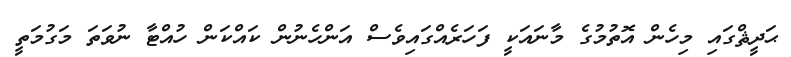
ޙަދީޘްގައި މިހެން އޮތުމުގެ މާނައަކީ ފަހަރެއްގައިވެސް އަންހެނުން ކައްކަން ހުއްޓާ ނުވަތަ މަގުމަތީ